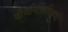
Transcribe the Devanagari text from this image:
वीजनिर्मितीच्या